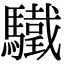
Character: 驖